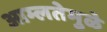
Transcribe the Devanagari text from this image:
आम्लतेमुळे